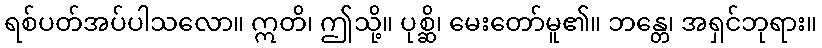
ရစ်ပတ်အပ်ပါသလော။ ဣတိ၊ ဤသို့။ ပုစ္ဆိ၊ မေးတော်မူ၏။ ဘန္တေ၊ အရှင်ဘုရား။